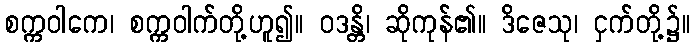
စက္ကဝါကေ၊ စက္ကဝါက်တို့ဟူ၍။ ဝဒန္တိ၊ ဆိုကုန်၏။ ဒိဇေသု၊ ငှက်တို့၌။